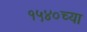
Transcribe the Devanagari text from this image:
१५४०च्या